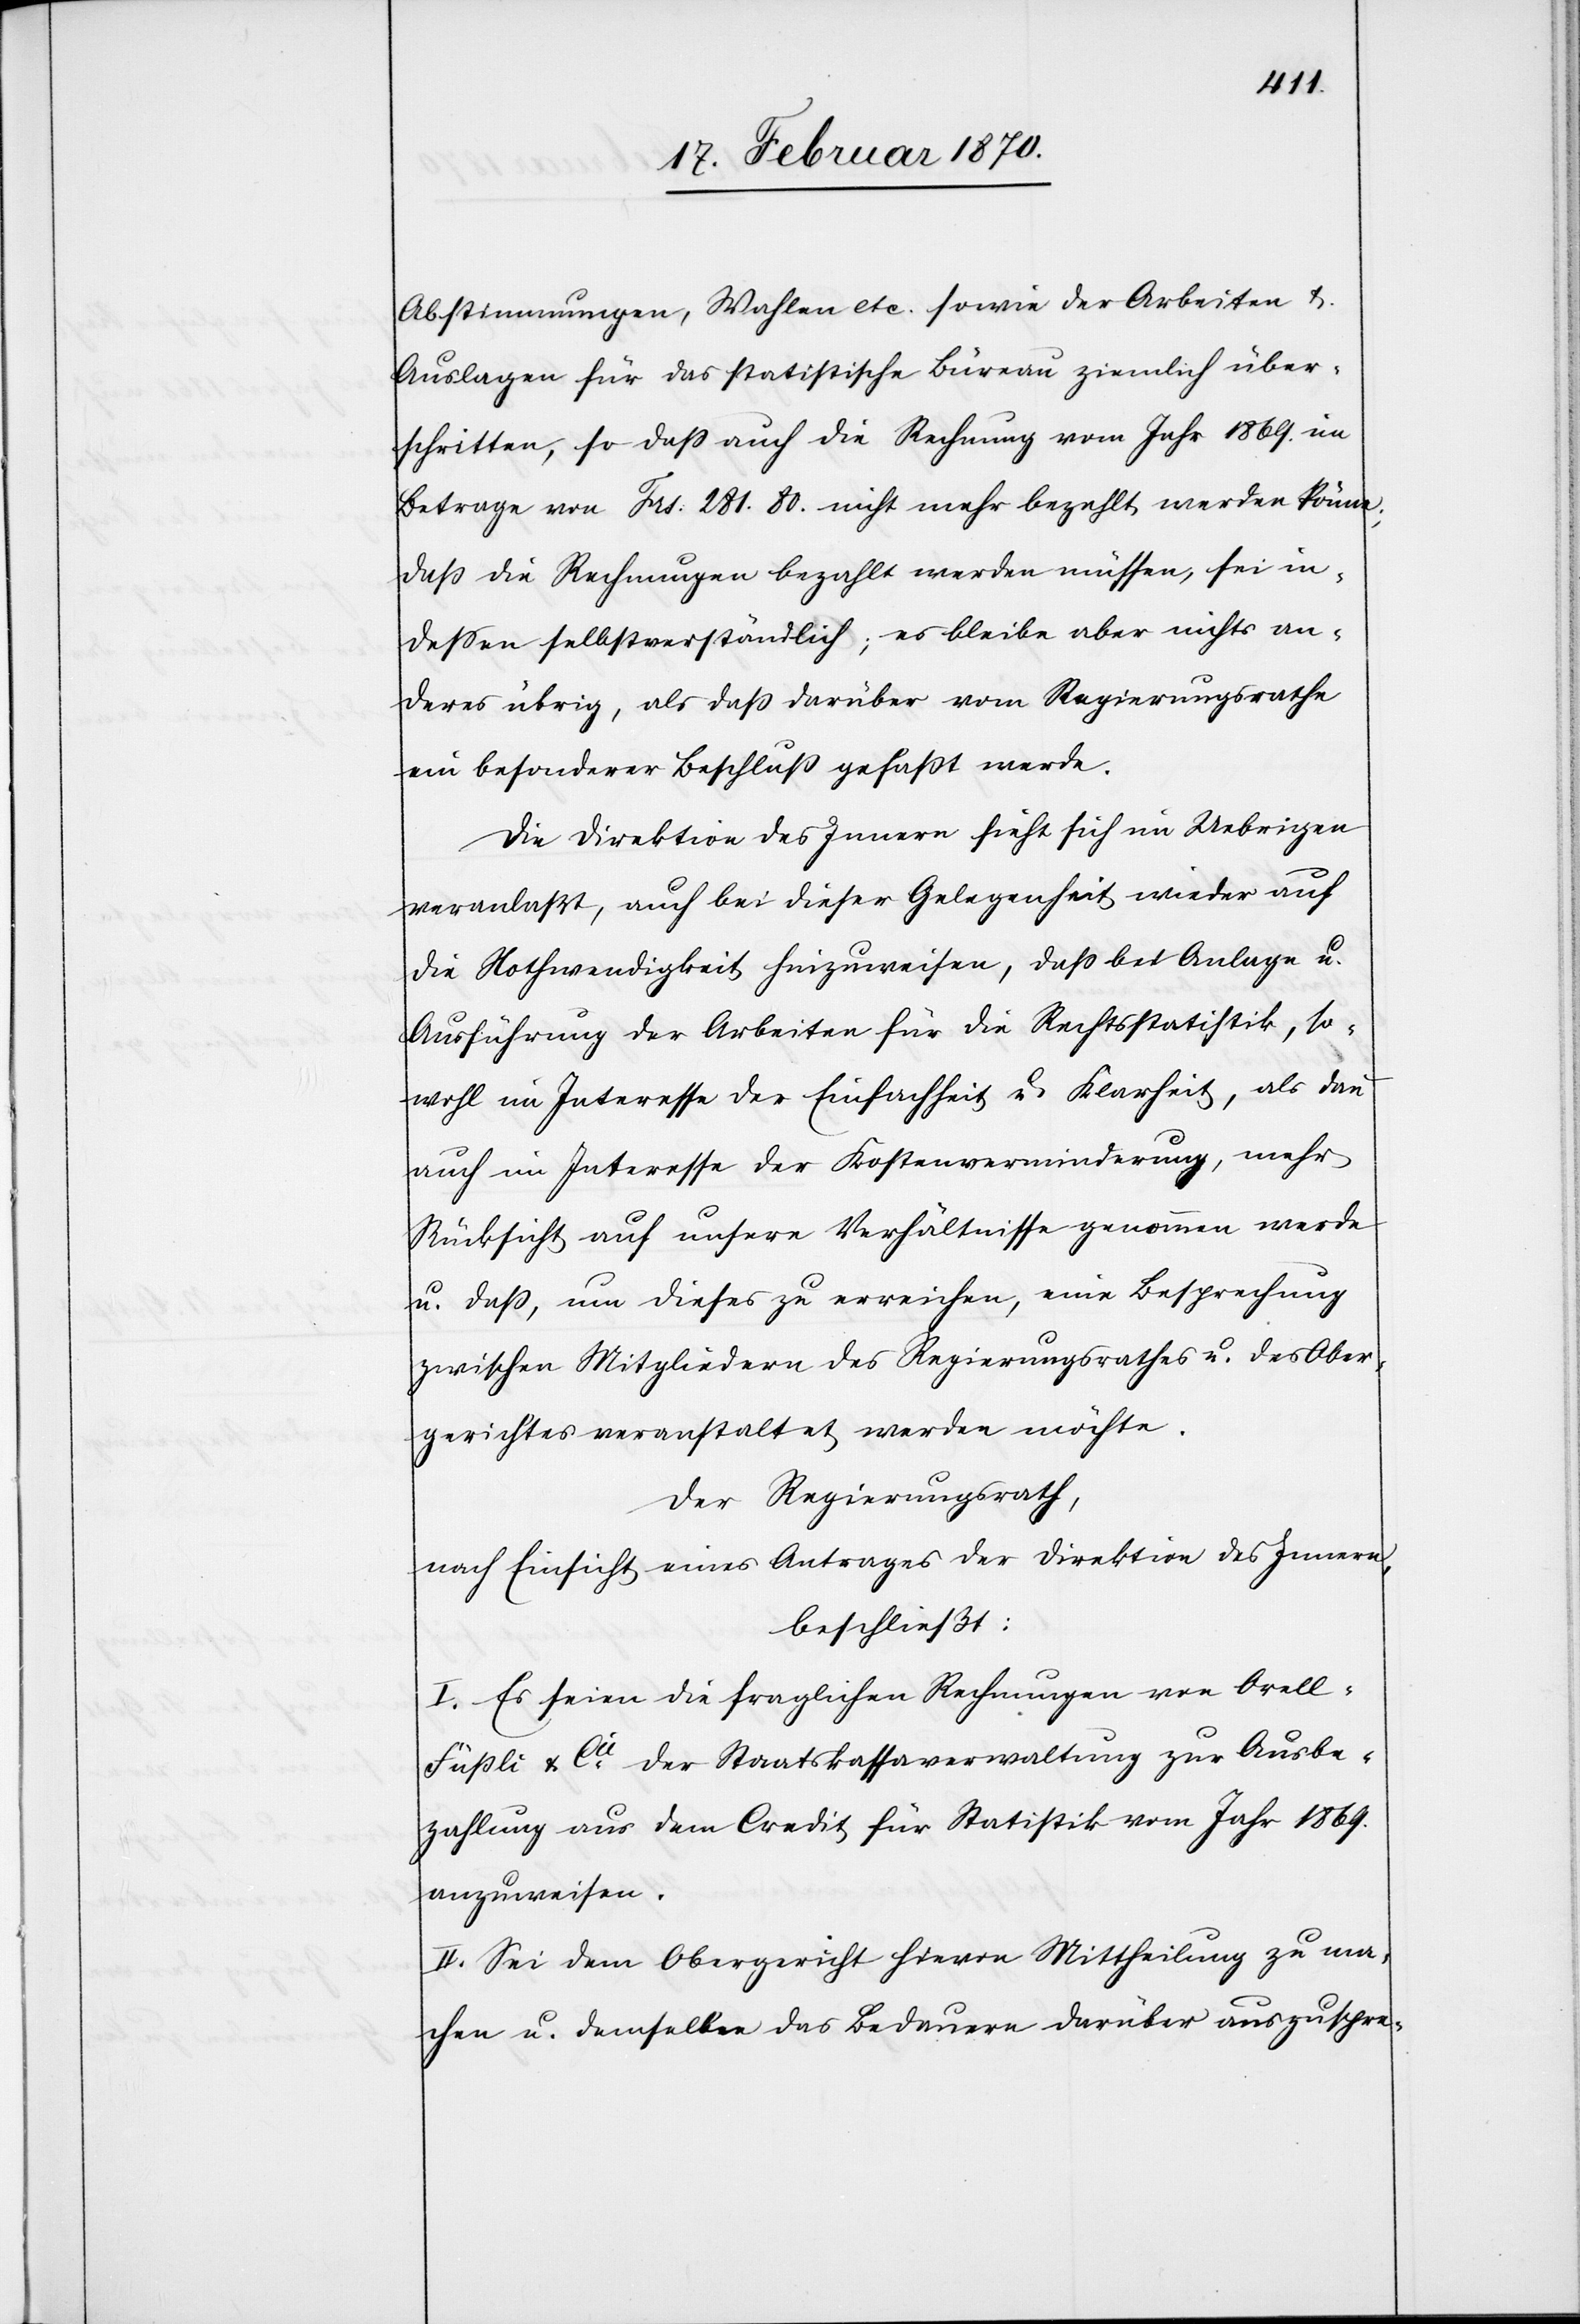
Abstimmungen, Wahlen etc. sowie der Arbeiten u.
Auslagen für das statistische Büreau ziemlich über¬
schritten so dass auch die Rechnung vom Jahr 1869. im
Betrage von Frs. 281. 80. nicht mehr bezahlt werden könne;
dass die Rechnungen bezahlt werden müssen, sei in¬
dessen selbstverständlich; es bleibe aber nichts an¬
deres übrig, als dass darüber vom Regierungsrathe
eine besonderer Beschluss gefasst werde.
Die Direktion des Innern hielt sich im Uebrigen
veranlaßt, auch bei dieser Gelegenheit wieder auf
die Nothwendigkeit hinzuweisen, dass bei Anlage u.
Ausführung der Arbeiten für die Rechtsstatistik, so¬
wohl im Interesse der Einfachheit u. Klarheit, als dann
auch im Interesse der Kostenverminderung, mehr
Rücksicht auf unsere Verhältnisse genommen werde
u. dass, um dieses zu erreichen, eine Besprechung
zwischen Mitgliedern des Regierungsrathes u. des Ober¬
gerichtes veranstaltet werden möchte.
Der Regierungsrath,
nach Einsicht eines Antrages der Direktion des Innern,
beschließt:
I. Es seien die fraglichen Rechnungen von Orell-F¬
üssli & Cie der Staatskassaverwaltung zur Ausbe¬
zahlung aus dem Credit für Statistik vom Jahr 1869.
anzuweisen.
II. Sei dem Obergericht hievon Mittheilung zu ma¬
chen u. demselben das Bedauern darüber auszuspre-